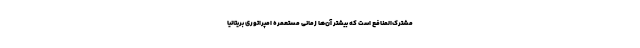
مشترک‌المنافع است که بیشتر آن‌ها زمانی مستعمره امپراتوری بریتانیا